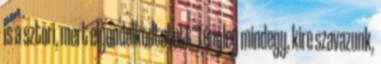
is a sztori, mert elgondolkodtatott. Tényleg mindegy, kire szavazunk,